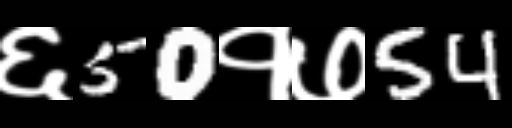
Text: ६50१७54